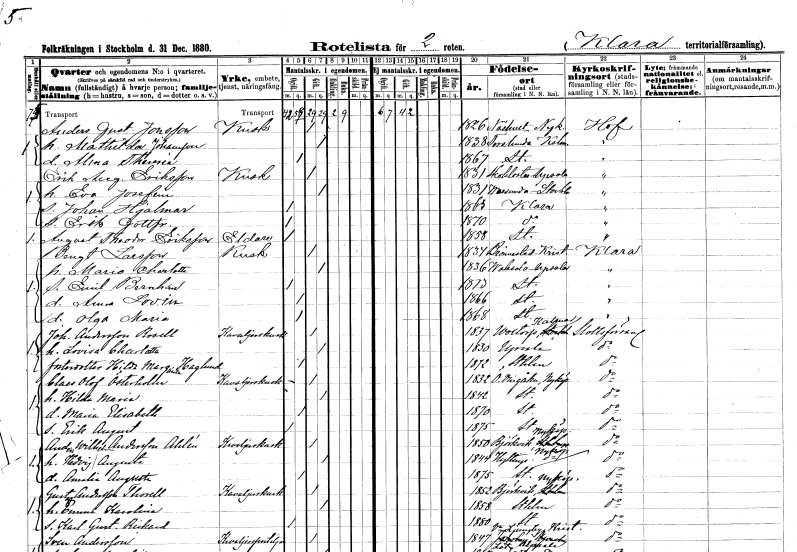
gt_parse: households: individuals: FN: Anders Gustaf
EN: Jonsson
YRKE: Kusk
KON: M
CIV: G
FODAR: 1826
FODFORS: Näshulta Södermanlands län
FN: Mathilda
EN: Johansson
KON: K
CIV: G
FODAR: 1838
FODFORS: Torslunda Kalmar län
FN: Alma Theresia
KON: K
CIV: O
FODAR: 1867
FODFORS: Stockholm
FN: Erik August
EN: Eriksson
YRKE: Kusk
KON: M
CIV: G
FODAR: 1831
FODFORS: Skokloster Uppsala län
FN: Eva Josefina
KON: K
CIV: G
FODAR: 1831
FODFORS: Vassunda Uppsala län
FN: Johan Hjalmar
KON: M
CIV: O
FODAR: 1863
FODFORS: Klara Stockholms stad
FN: Erik Gottfrid
KON: M
CIV: O
FODAR: 1870
FODFORS: Klara Stockholms stad
FN: August Theodor
EN: Eriksson
YRKE: Eldare
KON: M
CIV: O
FODAR: 1858
FODFORS: Stockholm
FN: Bengt
EN: Larsson
YRKE: Kusk
KON: M
CIV: G
FODAR: 1834
FODFORS: Brönnestad Kristianstads län
FN: Maria Charlotta
KON: K
CIV: G
FODAR: 1836
FODFORS: Vaksala Uppsala län
FN: Emil Bernhard
KON: M
CIV: O
FODAR: 1873
FODFORS: Stockholm
FN: Anna Lovisa
KON: K
CIV: O
FODAR: 1866
FODFORS: Stockholm
FN: Olga Maria
KON: K
CIV: O
FODAR: 1868
FODFORS: Stockholm
FN: Johan
EN: Andersson Rosell
YRKE: Kavaljerskusk
KON: M
CIV: G
FODAR: 1837
FODFORS: Voxtorp Kalmar län
FN: Lovisa Charlotta
KON: K
CIV: G
FODAR: 1830
FODFORS: Uppsala Uppsala län
FN: Hilda Margareta
EN: Haglund
KON: K
CIV: O
FODAR: 1872
FODFORS: Stockholm
FN: Claes Olof
EN: Österholm
YRKE: Kavaljerskusk
KON: M
CIV: G
FODAR: 1832
FODFORS: Östra Vingåker Södermanlands län
FN: Hilda Maria
KON: K
CIV: G
FODAR: 1842
FODFORS: Stockholm
FN: Maria Elisabeth
KON: K
CIV: O
FODAR: 1870
FODFORS: Stockholm
FN: Erik August
KON: M
CIV: O
FODAR: 1875
FODFORS: Stockholm
FN: Anders Wilhelm
EN: Andersson Ahlén
YRKE: Kavaljerskusk
KON: M
CIV: G
FODAR: 1850
FODFORS: Björkvik Södermanlands län
FN: Hedvig Augusta
KON: K
CIV: G
FODAR: 1844
FODFORS: Hyltinge Södermanlands län
FN: Amalia Augusta
KON: K
CIV: O
FODAR: 1875
FODFORS: Stockholm